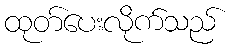
ထုတ်ပေးလိုက်သည်